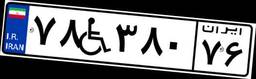
۷۸W۳۸۰۷۶